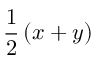
{ \frac { 1 } { 2 } } \left( x + y \right)